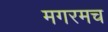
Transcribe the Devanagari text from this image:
मगरमच